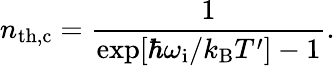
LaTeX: n_{\mathrm{th,c}}=\frac{1}{\exp[\hbar\omega_{\mathrm{i}}/k_{\mathrm{B}}T^{\prime}]-1}.